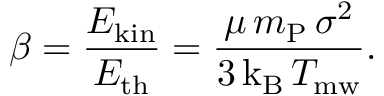
\beta = \frac { E _ { \mathrm { k i n } } } { E _ { \mathrm { t h } } } = \frac { \mu \, m _ { \mathrm { P } } \, \sigma ^ { 2 } } { 3 \, \mathrm { k _ { B } } \, T _ { \mathrm { m w } } } .